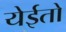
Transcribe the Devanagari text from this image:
येईतो